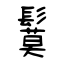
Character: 鬕